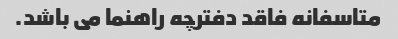
متاسفانه فاقد دفترچه راهنما می باشد.